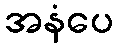
အနံပေ